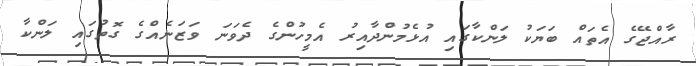
ރާއްޖޭގެ އެތައް ބަޔަކު ލަންކާގައި އުޅެމުންދާއިރު އެމީހުންގެ ދެވަނަ ވަޒަނެއްގެ ގޮތުގައި ލަންކާ